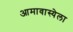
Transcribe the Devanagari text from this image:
आमावास्येला